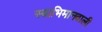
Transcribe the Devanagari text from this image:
स्वाभिमानवाली